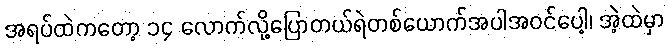
အရပ်ထဲကတော့ ၁၄ လောက်လို့ပြောတယ်ရဲတစ်ယောက်အပါအဝင်ပေါ့၊ အဲ့ထဲမှာ